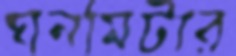
ঘনমিটার